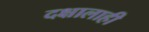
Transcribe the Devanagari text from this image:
दक्षालाही